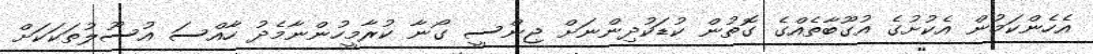
އެހެންކަމުން އެކުށުގެ އުގޫބާތެއްގެ ގޮތުން ކުޑަކުދިންނަށް ޖިންސީ ގޯނާ ކުރާމީހުންނާމެދު ހާއްސަ އުސޫލުތަކަކަށް